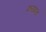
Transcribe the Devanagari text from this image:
करायाचे